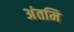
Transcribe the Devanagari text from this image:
अंतमि